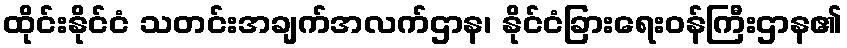
ထိုင်းနိုင်ငံ သတင်းအချက်အလက်ဌာန၊ နိုင်ငံခြားရေးဝန်ကြီးဌာန၏